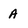
Character: A